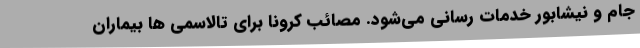
جام و نیشابور خدمات رسانی می‌شود. مصائب کرونا برای تالاسمی ها بیماران